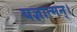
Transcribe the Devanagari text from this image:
यज्ञात्मन्‌।